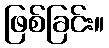
ဖြစ်ခြင်း။